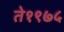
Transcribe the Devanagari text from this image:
ते१९७५